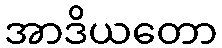
အာဒိယတော